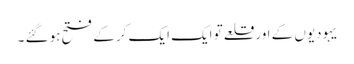
یہودیوں کے اور قلعے تو ایک ایک کر کے فتح ہو گئے ۔